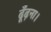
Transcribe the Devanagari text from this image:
ढूँढ़ना।